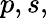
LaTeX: p,s,